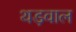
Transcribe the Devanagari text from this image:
थड़वाल